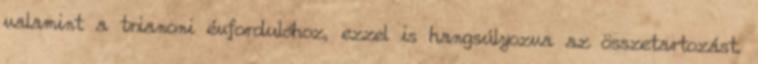
valamint a trianoni évfordulóhoz, ezzel is hangsúlyozva az összetartozást.